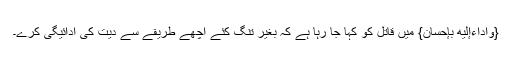
{وأداءإليه بإحسان} میں قاتل کو کہا جا رہا ہے کہ بغیر تنگ کئے اچھے طریقے سے دیت کی ادائیگی کرے۔